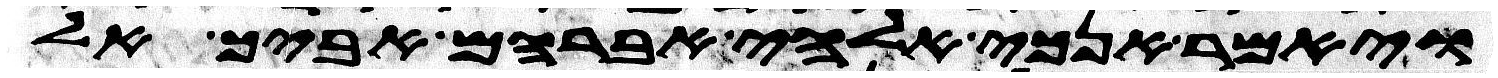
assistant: ויאמר אנכי אלהי אברהם אביך אל